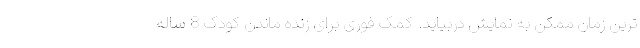
ترین زمان ممکن به نمایش دربیاید. کمک فوری برای زنده ماندن کودک 8 ساله